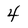
Character: 4